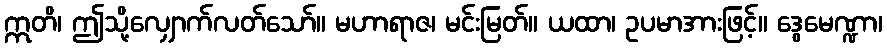
ဣတိ၊ ဤသို့လျှောက်လတ်သော်။ မဟာရာဇ၊ မင်းမြတ်။ ယထာ၊ ဥပမာအားဖြင့်။ ဒွေမေဏ္ဍာ၊